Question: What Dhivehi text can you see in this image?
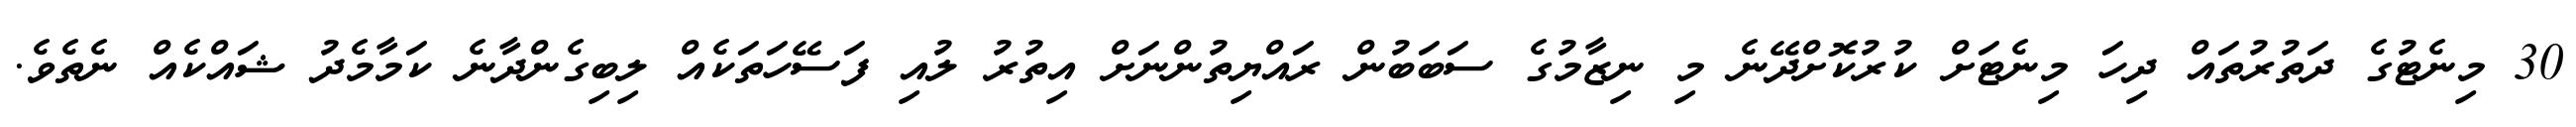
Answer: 30 މިނެޓުގެ ދަތުރުތައް ދިހަ މިނެޓަށް ކުރުކޮށްދޭނެ މި ނިޒާމުގެ ސަބަބުން ރައްޔިތުންނަށް އިތުރު ލުއި ފަސޭހަތަކެއް ލިބިގެންދާނެ ކަމާމެދު ޝައްކެއް ނެތެވެ.